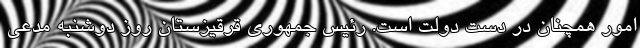
امور همچنان در دست دولت است. رئیس جمهوری قرقیزستان روز دوشنبه مدعی